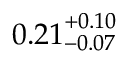
{ 0 . 2 1 } _ { - 0 . 0 7 } ^ { + 0 . 1 0 }